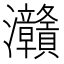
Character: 灨